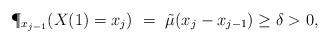
LaTeX: \begin{align*}\P_{x_{j-1}}(X(1) = x_j) ~=~ \tilde\mu(x_j - x_{j-1}) \geq \delta > 0,\end{align*}